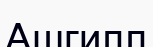
Ашгилл